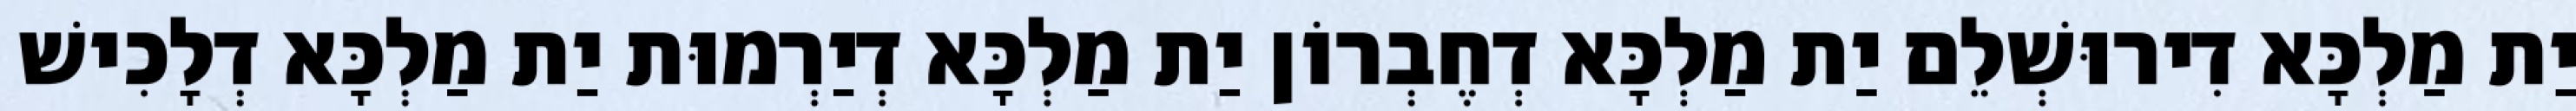
יַת מַלְכָּא דִירוּשְׁלֵם יַת מַלְכָּא דְחֶבְרוֹן יַת מַלְכָּא דְיַרְמוּת יַת מַלְכָּא דְלָכִישׁ